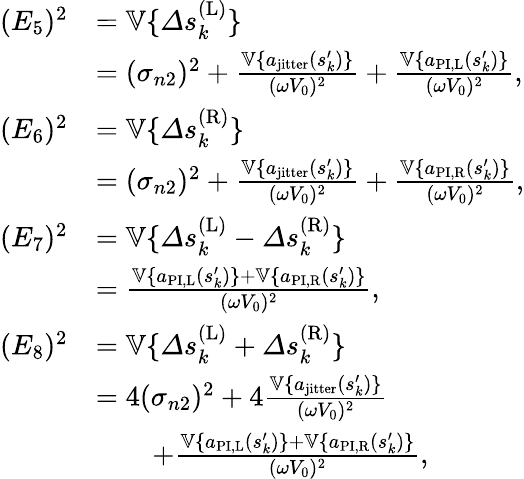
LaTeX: \begin{array}{rl}{(E_{5})^{2}}&{=\mathbb{V}\{ \varDelta s_{k}^{(\mathrm{L})}\} }\\ &{=(\sigma_{n2})^{2}+\frac{\mathbb{V}\{ a_{\mathrm{jitter}}(s_{k}^{\prime})\} }{(\omega V_{0})^{2}}+\frac{\mathbb{V}\{ a_{\mathrm{PI,L}}(s_{k}^{\prime})\} }{(\omega V_{0})^{2}},}\\ {(E_{6})^{2}}&{=\mathbb{V}\{ \varDelta s_{k}^{(\mathrm{R})}\} }\\ &{=(\sigma_{n2})^{2}+\frac{\mathbb{V}\{ a_{\mathrm{jitter}}(s_{k}^{\prime})\} }{(\omega V_{0})^{2}}+\frac{\mathbb{V}\{ a_{\mathrm{PI,R}}(s_{k}^{\prime})\} }{(\omega V_{0})^{2}},}\\ {(E_{7})^{2}}&{=\mathbb{V}\{ \varDelta s_{k}^{(\mathrm{L})}-\varDelta s_{k}^{(\mathrm{R})}\} }\\ &{=\frac{\mathbb{V}\{ a_{\mathrm{PI,L}}(s_{k}^{\prime})\} +\mathbb{V}\{ a_{\mathrm{PI,R}}(s_{k}^{\prime})\} }{(\omega V_{0})^{2}},}\\ {(E_{8})^{2}}&{=\mathbb{V}\{ \varDelta s_{k}^{(\mathrm{L})}+\varDelta s_{k}^{(\mathrm{R})}\} }\\ &{=4(\sigma_{n2})^{2}+4\frac{\mathbb{V}\{ a_{\mathrm{jitter}}(s_{k}^{\prime})\} }{(\omega V_{0})^{2}}}\\ &{\quad\quad+\frac{\mathbb{V}\{ a_{\mathrm{PI,L}}(s_{k}^{\prime})\} +\mathbb{V}\{ a_{\mathrm{PI,R}}(s_{k}^{\prime})\} }{(\omega V_{0})^{2}},}\end{array}